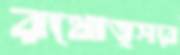
রথোত্সবে